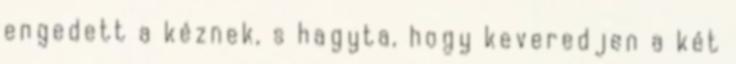
engedett a kéznek, s hagyta, hogy keveredjen a két